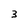
Character: 3